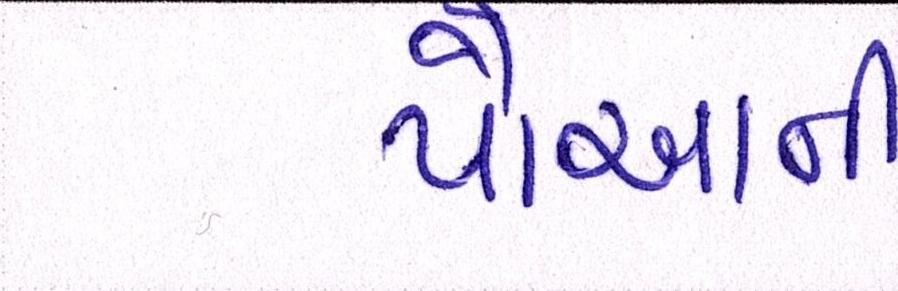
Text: પૌઆની